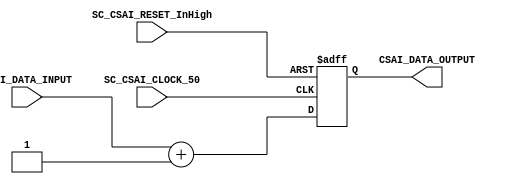
module SC_CSAI #(parameter DATAWIDTH_BUS_CSAI=11)(
	//OUTPUTS 
	CSAI_DATA_OUTPUT,
	//INPUTS
	SC_CSAI_CLOCK_50,
	CSAI_DATA_INPUT,
	SC_CSAI_RESET_InHigh,
);

//=======================================================
//  PORT declarations
//=======================================================
	output reg	[DATAWIDTH_BUS_CSAI-1:0] CSAI_DATA_OUTPUT;
	input			SC_CSAI_CLOCK_50;
	input 		[DATAWIDTH_BUS_CSAI-1:0] CSAI_DATA_INPUT;
	input 		SC_CSAI_RESET_InHigh;
//=======================================================
//  REG/WIRE declarations
//=======================================================
	reg [DATAWIDTH_BUS_CSAI-1:0] RegGENERAL_Register;
	initial RegGENERAL_Register = 11'b00000000000;
	reg [DATAWIDTH_BUS_CSAI-1:0] RegGENERAL_Signal;
//=======================================================
//  Structural coding
//=======================================================
//INPUT LOGIC: COMBINATIONAL
	always @ (*)
	RegGENERAL_Signal = CSAI_DATA_INPUT + 1'b1;

// REGISTER : SEQUENTIAL
	always @ ( posedge SC_CSAI_CLOCK_50, posedge SC_CSAI_RESET_InHigh )
	begin
		if (SC_CSAI_RESET_InHigh == 1'b1)
			RegGENERAL_Register <= 0;
		else
			RegGENERAL_Register <= RegGENERAL_Signal;
	end
	
//=======================================================
//  Outputs
//=======================================================
// OUTPUT LOGIC : COMBINATIONAL
	always @ (*)
		CSAI_DATA_OUTPUT = RegGENERAL_Register;  

endmodule